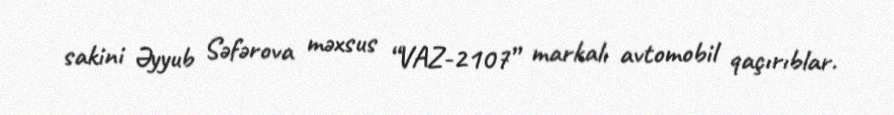
sakini Əyyub Səfərova məxsus “VAZ-2107” markalı avtomobil qaçırıblar.